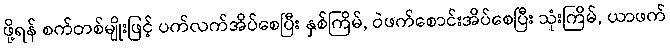
ဖို့ရန် စက်တစ်မျိုးဖြင့် ပက်လက်အိပ်စေပြီး နှစ်ကြိမ်, ဝဲဖက်စောင်းအိပ်စေပြီး သုံးကြိမ်, ယာဖက်